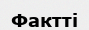
Фактті